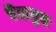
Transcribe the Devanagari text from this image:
चैवायुषः